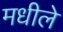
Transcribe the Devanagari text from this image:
मधीले